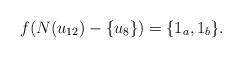
LaTeX: \begin{align*}f(N(u_{12})-\{u_8\})=\{1_a,1_b\}.\end{align*}